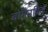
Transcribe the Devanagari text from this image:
बोमैनविले